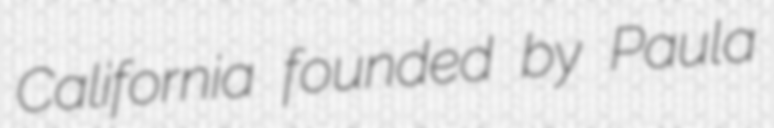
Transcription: California founded by Paula